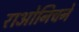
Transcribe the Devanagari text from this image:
राओनिचने